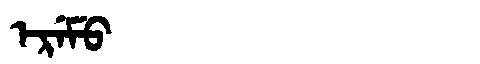
Manchu: ᡝᡵᡝᠮᡠ
Romanization: EREMU